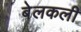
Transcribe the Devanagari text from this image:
बेलकली